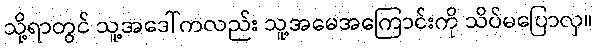
သို့ရာတွင် သူ့အဒေါ်ကလည်း သူ့အမေအကြောင်းကို သိပ်မပြောလှ။